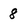
Character: 8